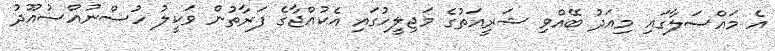
އެ މައްސަލާގައި މިއަދު ބޭއްވި ޝަރީއަތުގެ މަޖިލީހުގައި އެކުއްޖާގެ ފަރާތުން ވަކީލު ހުސްނުއްސުއޫދު